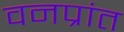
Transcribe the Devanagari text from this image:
वनप्रांत